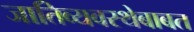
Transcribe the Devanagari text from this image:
जातिव्यवस्थेबाबत